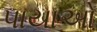
પાયાઓ